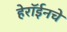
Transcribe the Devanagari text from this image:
हेरॉईनचे